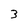
Character: 3